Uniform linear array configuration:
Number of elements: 64
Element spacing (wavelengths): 0.5
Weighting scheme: exponential
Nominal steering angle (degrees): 30
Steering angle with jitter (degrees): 30.262
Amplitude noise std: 0.05
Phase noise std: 0.05

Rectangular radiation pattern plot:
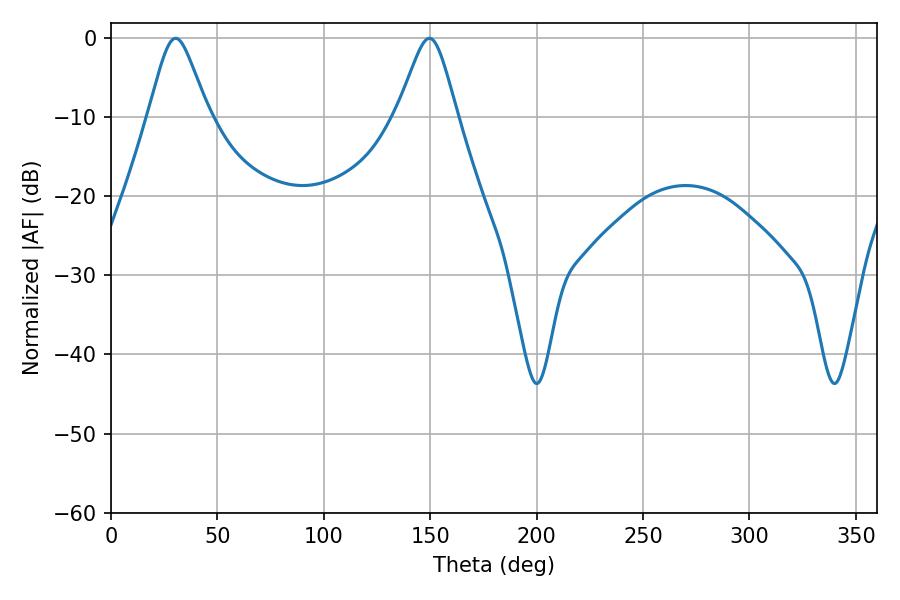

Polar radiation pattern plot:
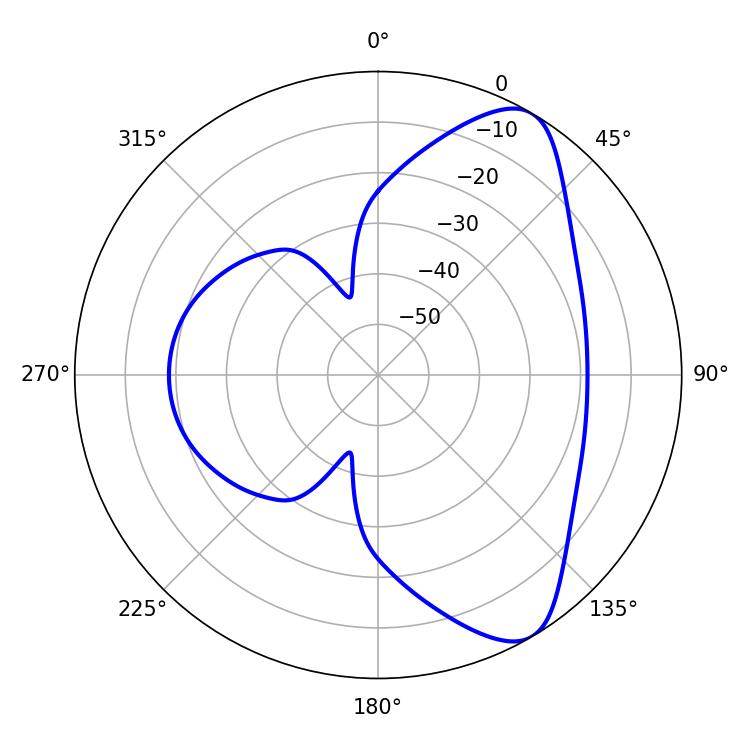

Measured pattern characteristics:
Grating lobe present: FALSE
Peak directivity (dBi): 8.156
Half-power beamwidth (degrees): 13.5
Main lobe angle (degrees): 30.42